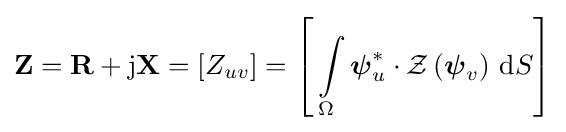
\mathbf {Z} =\mathbf {R} +\mathrm {j} \mathbf {X} =\left[Z_{uv}\right]=\left[\,\int \limits _{\Omega }{\boldsymbol {\psi }}_{u}^{\ast }\cdot {\mathcal {Z}}\left({\boldsymbol {\psi }}_{v}\right)\,\mathrm {d} S\right]